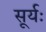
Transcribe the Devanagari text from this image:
सूर्यः